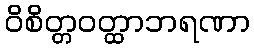
ဝိစိတ္တဝတ္ထာဘရဏာ